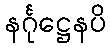
နင်္ဂုဋ္ဌေနပိ